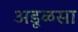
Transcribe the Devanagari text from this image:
अडूळसा